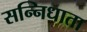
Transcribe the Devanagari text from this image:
सन्निधाता